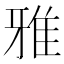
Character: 雅